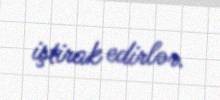
iştirak edirlər.